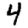
Digit: 4